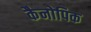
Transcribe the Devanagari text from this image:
कैनोपिक